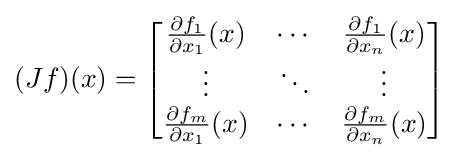
(Jf)(x)={\begin{bmatrix}{\frac {\partial f_{1}}{\partial x_{1}}}(x)&\cdots &{\frac {\partial f_{1}}{\partial x_{n}}}(x)\\\vdots &\ddots &\vdots \\{\frac {\partial f_{m}}{\partial x_{1}}}(x)&\cdots &{\frac {\partial f_{m}}{\partial x_{n}}}(x)\end{bmatrix}}